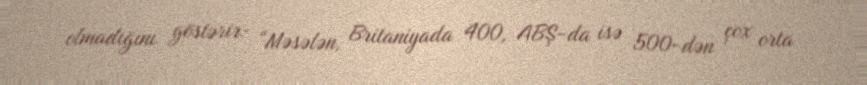
olmadığını göstərir: “Məsələn, Britaniyada 400, ABŞ-da isə 500-dən çox orta